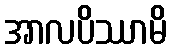
အာလပိဿာမိ